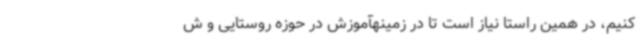
کنیم، در همین راستا نیاز است تا در زمینهآموزش در حوزه روستایی و ش